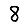
Digit: 8